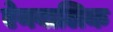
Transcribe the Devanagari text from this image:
ऐनबालिक